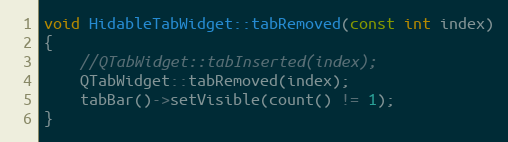
Language: C++
void HidableTabWidget::tabRemoved(const int index)
{
    //QTabWidget::tabInserted(index);
    QTabWidget::tabRemoved(index);
    tabBar()->setVisible(count() != 1);
}